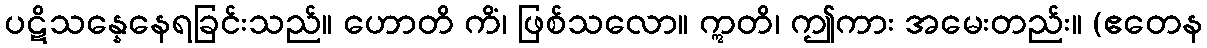
ပဋိသန္နေနေရခြင်းသည်။ ဟောတိ ကိံ၊ ဖြစ်သလော။ ဣတိ၊ ဤကား အမေးတည်း။ (ဧတေန